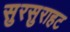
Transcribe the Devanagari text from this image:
सुरसुराहट